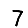
Digit: 7